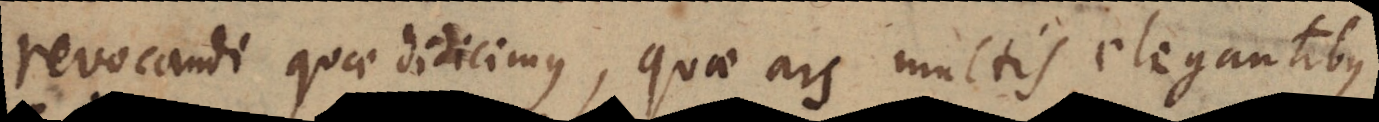
revocandi quae didicimus, quae ars multis elegantibus